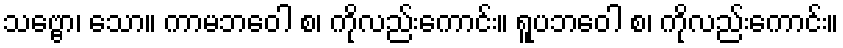
သဗ္ဗော၊ သော။ ကာမဘဝေါ စ၊ ကိုလည်းကောင်း။ ရူပဘဝေါ စ၊ ကိုလည်းကောင်း။